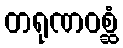
တရုဏဝစ္ဆံ